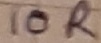
Text: 10R